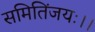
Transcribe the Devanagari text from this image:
समितिंजयः।।